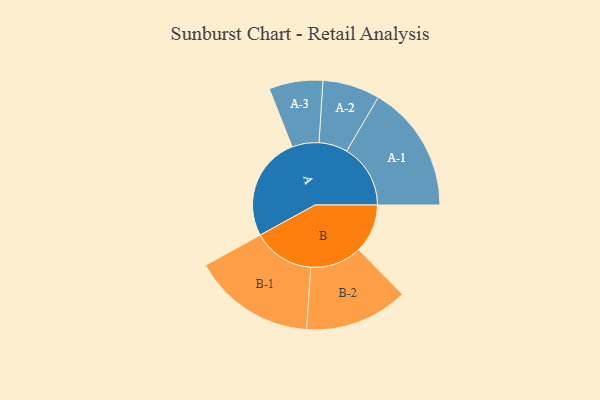
{"axis": {"x": "Segment", "y": "Value"}, "legend": ["", "A", "B"], "data": [{"x": "A", "y": 480, "type": ""}, {"x": "B", "y": 225, "type": ""}, {"x": "A-1", "y": 294, "type": "A"}, {"x": "A-2", "y": 132, "type": "A"}, {"x": "A-3", "y": 124, "type": "A"}, {"x": "B-1", "y": 283, "type": "B"}, {"x": "B-2", "y": 238, "type": "B"}]}